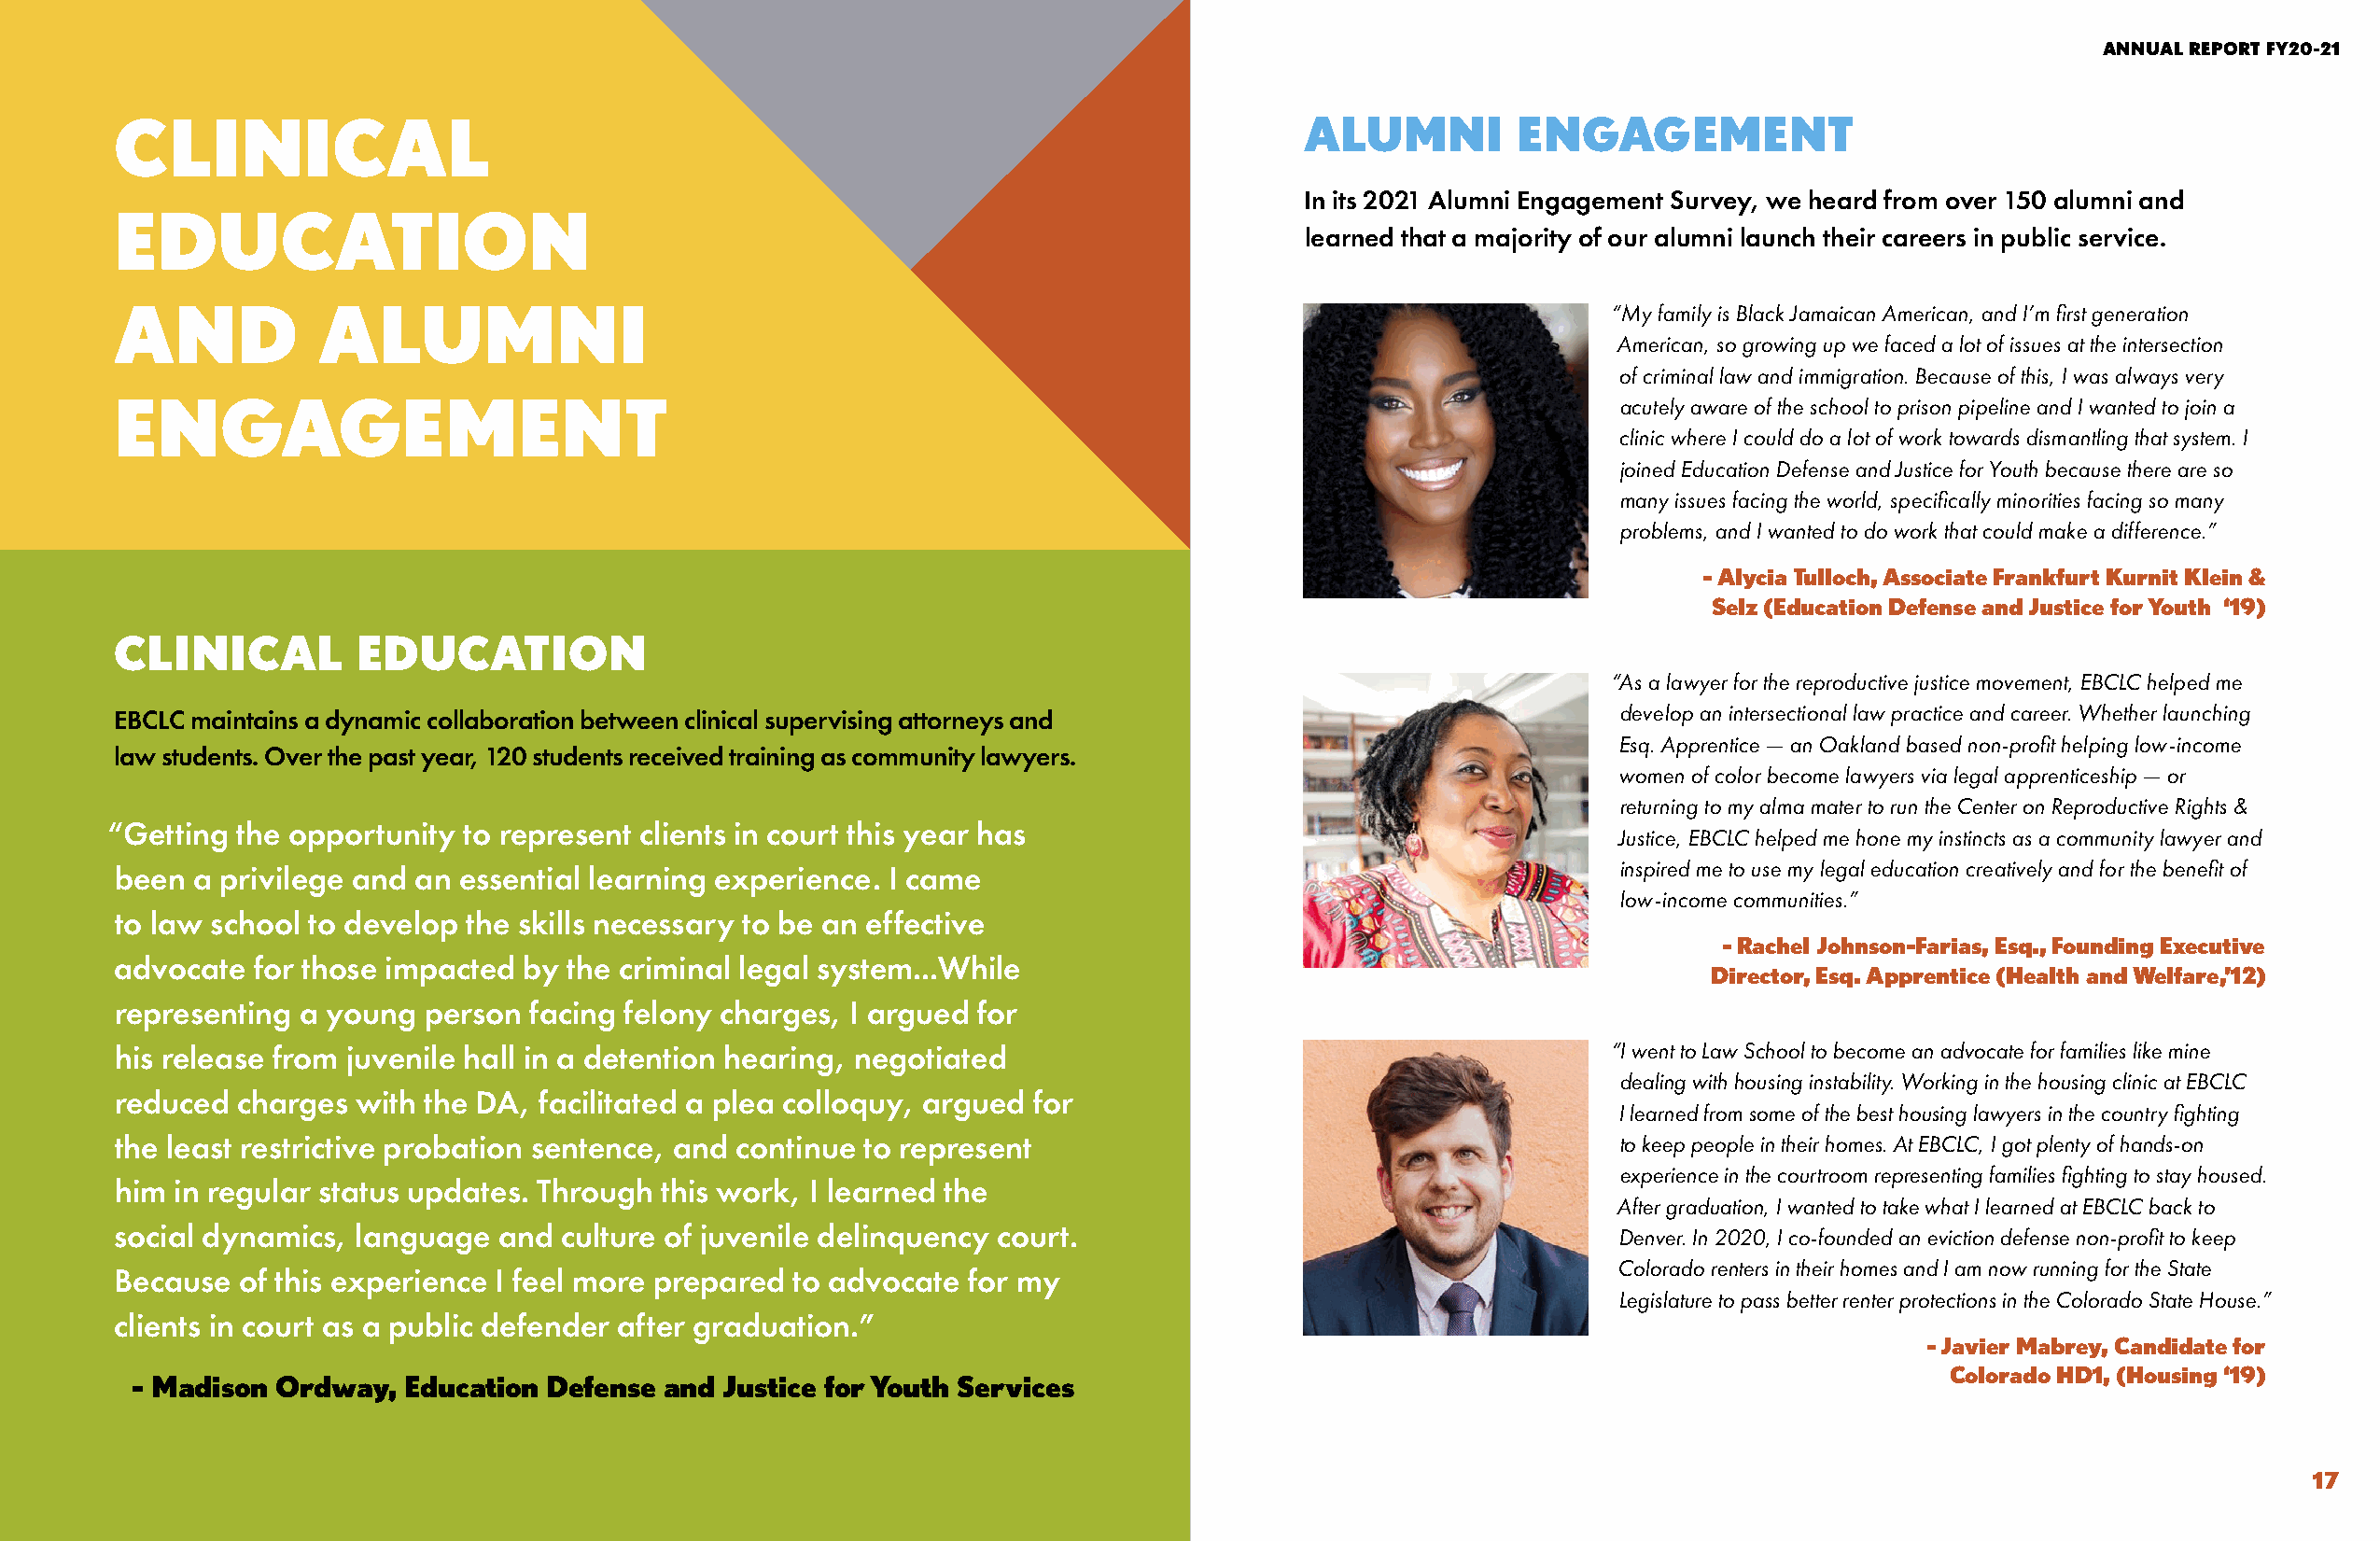
EAST BAY COMMUNITY LAW CENTER                                                                                                                     ANNUAL REPORT FY20-21
 CLINICAL                                                                            ALUMNI          ENGAGEMENT
 In its 2021 Alumni Engagement Survey, we heard from over 150 alumni and
 EDUCATION
 learned that a majority of our alumni launch their careers in public service.
 AND            ALUMNI                                                                                     “My family is Black Jamaican American, and I’m first generation
 American, so growing up we faced a lot of issues at the intersection
 of criminal law and immigration. Because of this, I was always very
 ENGAGEMENT                                                                                                 acutely aware of the school to prison pipeline and I wanted to join a
 clinic where I could do a lot of work towards dismantling that system. I
 joined Education Defense and Justice for Youth because there are so
 many issues facing the world, specifically minorities facing so many
 problems, and I wanted to do work that could make a difference.”
 - Alycia Tulloch, Associate Frankfurt Kurnit Klein &
 Selz (Education Defense and Justice for Youth ‘19)
 CLINICAL         EDUCATION
 “As a lawyer for the reproductive justice movement, EBCLC helped me
 EBCLC maintains a dynamic collaboration between clinical supervising attorneys and                         develop an intersectional law practice and career. Whether launching
 Esq. Apprentice — an Oakland based non-profit helping low-income
 law students. Over the past year, 120 students received training as community lawyers.
 women of color become lawyers via legal apprenticeship — or
 returning to my alma mater to run the Center on Reproductive Rights &
 “Getting the opportunity to represent clients in court this year has
 Justice, EBCLC helped me hone my instincts as a community lawyer and
 inspired me to use my legal education creatively and for the benefit of
 been  a privilege and an essential learning experience. I came
 low-income communities.”
 to law school to develop the skills necessary to be an effective
 - Rachel Johnson-Farias, Esq., Founding Executive
 advocate  for those impacted by the criminal legal system...While
 Director, Esq. Apprentice (Health and Welfare,’12)
 representing a young  person  facing felony charges, I argued for
 his release from juvenile hall in a detention hearing, negotiated                                         “I went to Law School to become an advocate for families like mine
 dealing with housing instability. Working in the housing clinic at EBCLC
 reduced  charges with the DA, facilitated a plea colloquy, argued for
 I learned from some of the best housing lawyers in the country fighting
 the least restrictive probation sentence, and continue to represent                                        to keep people in their homes. At EBCLC, I got plenty of hands-on
 experience in the courtroom representing families fighting to stay housed.
 him in regular status updates. Through this work, I learned the
 After graduation, I wanted to take what I learned at EBCLC back to
 social dynamics, language  and  culture of juvenile delinquency court.                                     Denver. In 2020, I co-founded an eviction defense non-profit to keep
 Colorado renters in their homes and I am now running for the State
 Because  of this experience I feel more prepared to advocate for my
 Legislature to pass better renter protections in the Colorado State House.”
 clients in court as a public defender after graduation.”
 - Javier Mabrey, Candidate for
 Colorado HD1, (Housing ‘19)
 - Madison  Ordway,  Education Defense and Justice for Youth Services
 16                                                                                                                                                               17